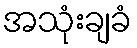
အသုံးချခံ